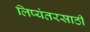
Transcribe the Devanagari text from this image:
लिप्यंतरसाठी